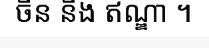
ចិន និង ឥណ្ឌា ។